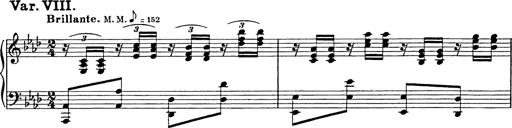
Title: 8 Variations
Composer: Franz Liszt
Key: A-flat major